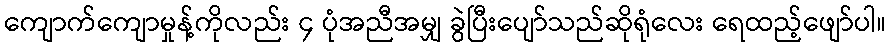
ကျောက်ကျောမှုန့်ကိုလည်း ၄ ပုံအညီအမျှ ခွဲပြီးပျော်သည်ဆိုရုံလေး ရေထည့်ဖျော်ပါ။